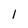
Character: 1